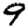
Digit: 9